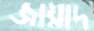
জায়াদ